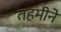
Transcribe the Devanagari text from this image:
तहमीने